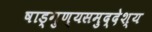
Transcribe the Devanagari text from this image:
षाड्गुण्यसमुद्देश्य